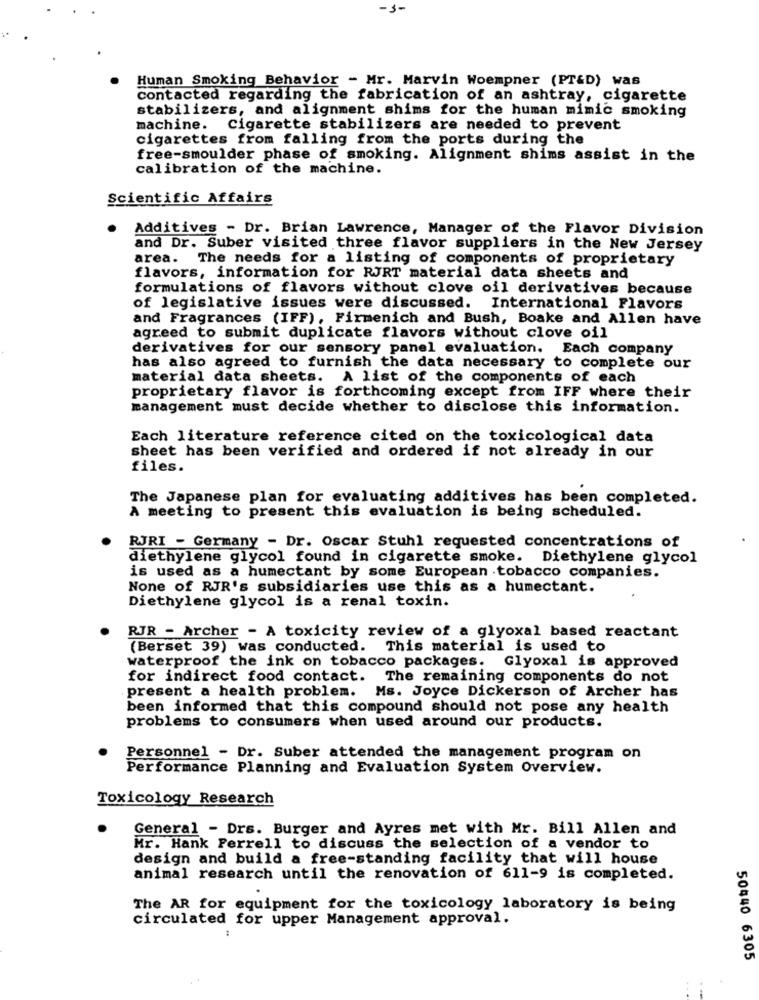
-3-
Human Smoking Behavior - Mr. Marvin Woempner (PT&D) was
contacted regarding the fabrication of an ashtray, cigarette
stabilizers, and alignment shims for the human mimic smoking
machine. Cigarette stabilizers are needed to prevent
cigarettes from falling from the ports during the
free-smoulder phase of smoking. Alignment shims assist in the
calibration of the machine.
Scientific Affairs
Additives - Dr. Brian Lawrence, Manager of the Flavor Division
and Dr. Suber visited three flavor suppliers in the New Jersey
area. The needs for a listing of components of proprietary
flavors, information for RJRT material data sheets and
formulations of flavors without clove oil derivatives because
of legislative issues were discussed. International Flavors
and Fragrances (IFF), Firmenich and Bush, Boake and Allen have
agreed to submit duplicate flavors without clove oil
derivatives for our sensory panel evaluation. Each company
has also agreed to furnish the data necessary to complete our
material data sheets. A list of the components of each
proprietary flavor is forthcoming except from IFF where their
management must decide whether to disclose this information.
Each literature reference cited on the toxicological data
sheet has been verified and ordered if not already in our
files.
The Japanese plan for evaluating additives has been completed.
A meeting to present this evaluation is being scheduled.
RJRI - Germany - Dr. Oscar Stuhl requested concentrations of
diethylene glycol found in cigarette smoke. Diethylene glycol
is used as a humectant by some European tobacco companies.
None of RJR's subsidiaries use this as a humectant.
Diethylene glycol is a renal toxin.
RJR - Archer - A toxicity review of a glyoxal based reactant
(Berset 39) was conducted. This material is used to
waterproof the ink on tobacco packages. Glyoxal is approved
for indirect food contact. The remaining components do not
present a health problem. Ms. Joyce Dickerson of Archer has
been informed that this compound should not pose any health
problems to consumers when used around our products.
Personnel - Dr. Suber attended the management program on
Performance Planning and Evaluation System Overview.
Toxicology Research
General - Drs. Burger and Ayres met with Mr. Bill Allen and
Mr. Hank Ferrell to discuss the selection of a vendor to
design and build a free-standing facility that will house
animal research until the renovation of 611-9 is completed.
The AR for equipment for the toxicology laboratory is being
circulated for upper Management approval.
50440 6305